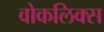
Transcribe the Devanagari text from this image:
वोकलिक्स